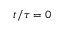
t / \tau = 0